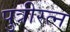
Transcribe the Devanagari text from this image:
पुत्रीरत्न